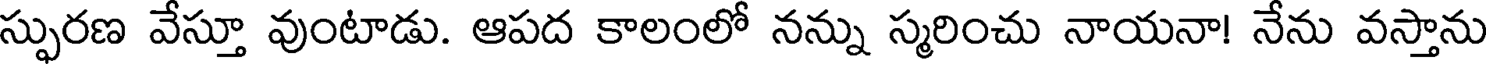
స్ఫురణ వేస్తూ వుంటాడు. ఆపద కాలంలో నన్ను స్మరించు నాయనా! నేను వస్తాను